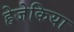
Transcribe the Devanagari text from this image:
हेजेकिया